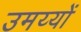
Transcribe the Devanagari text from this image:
उमय्यों